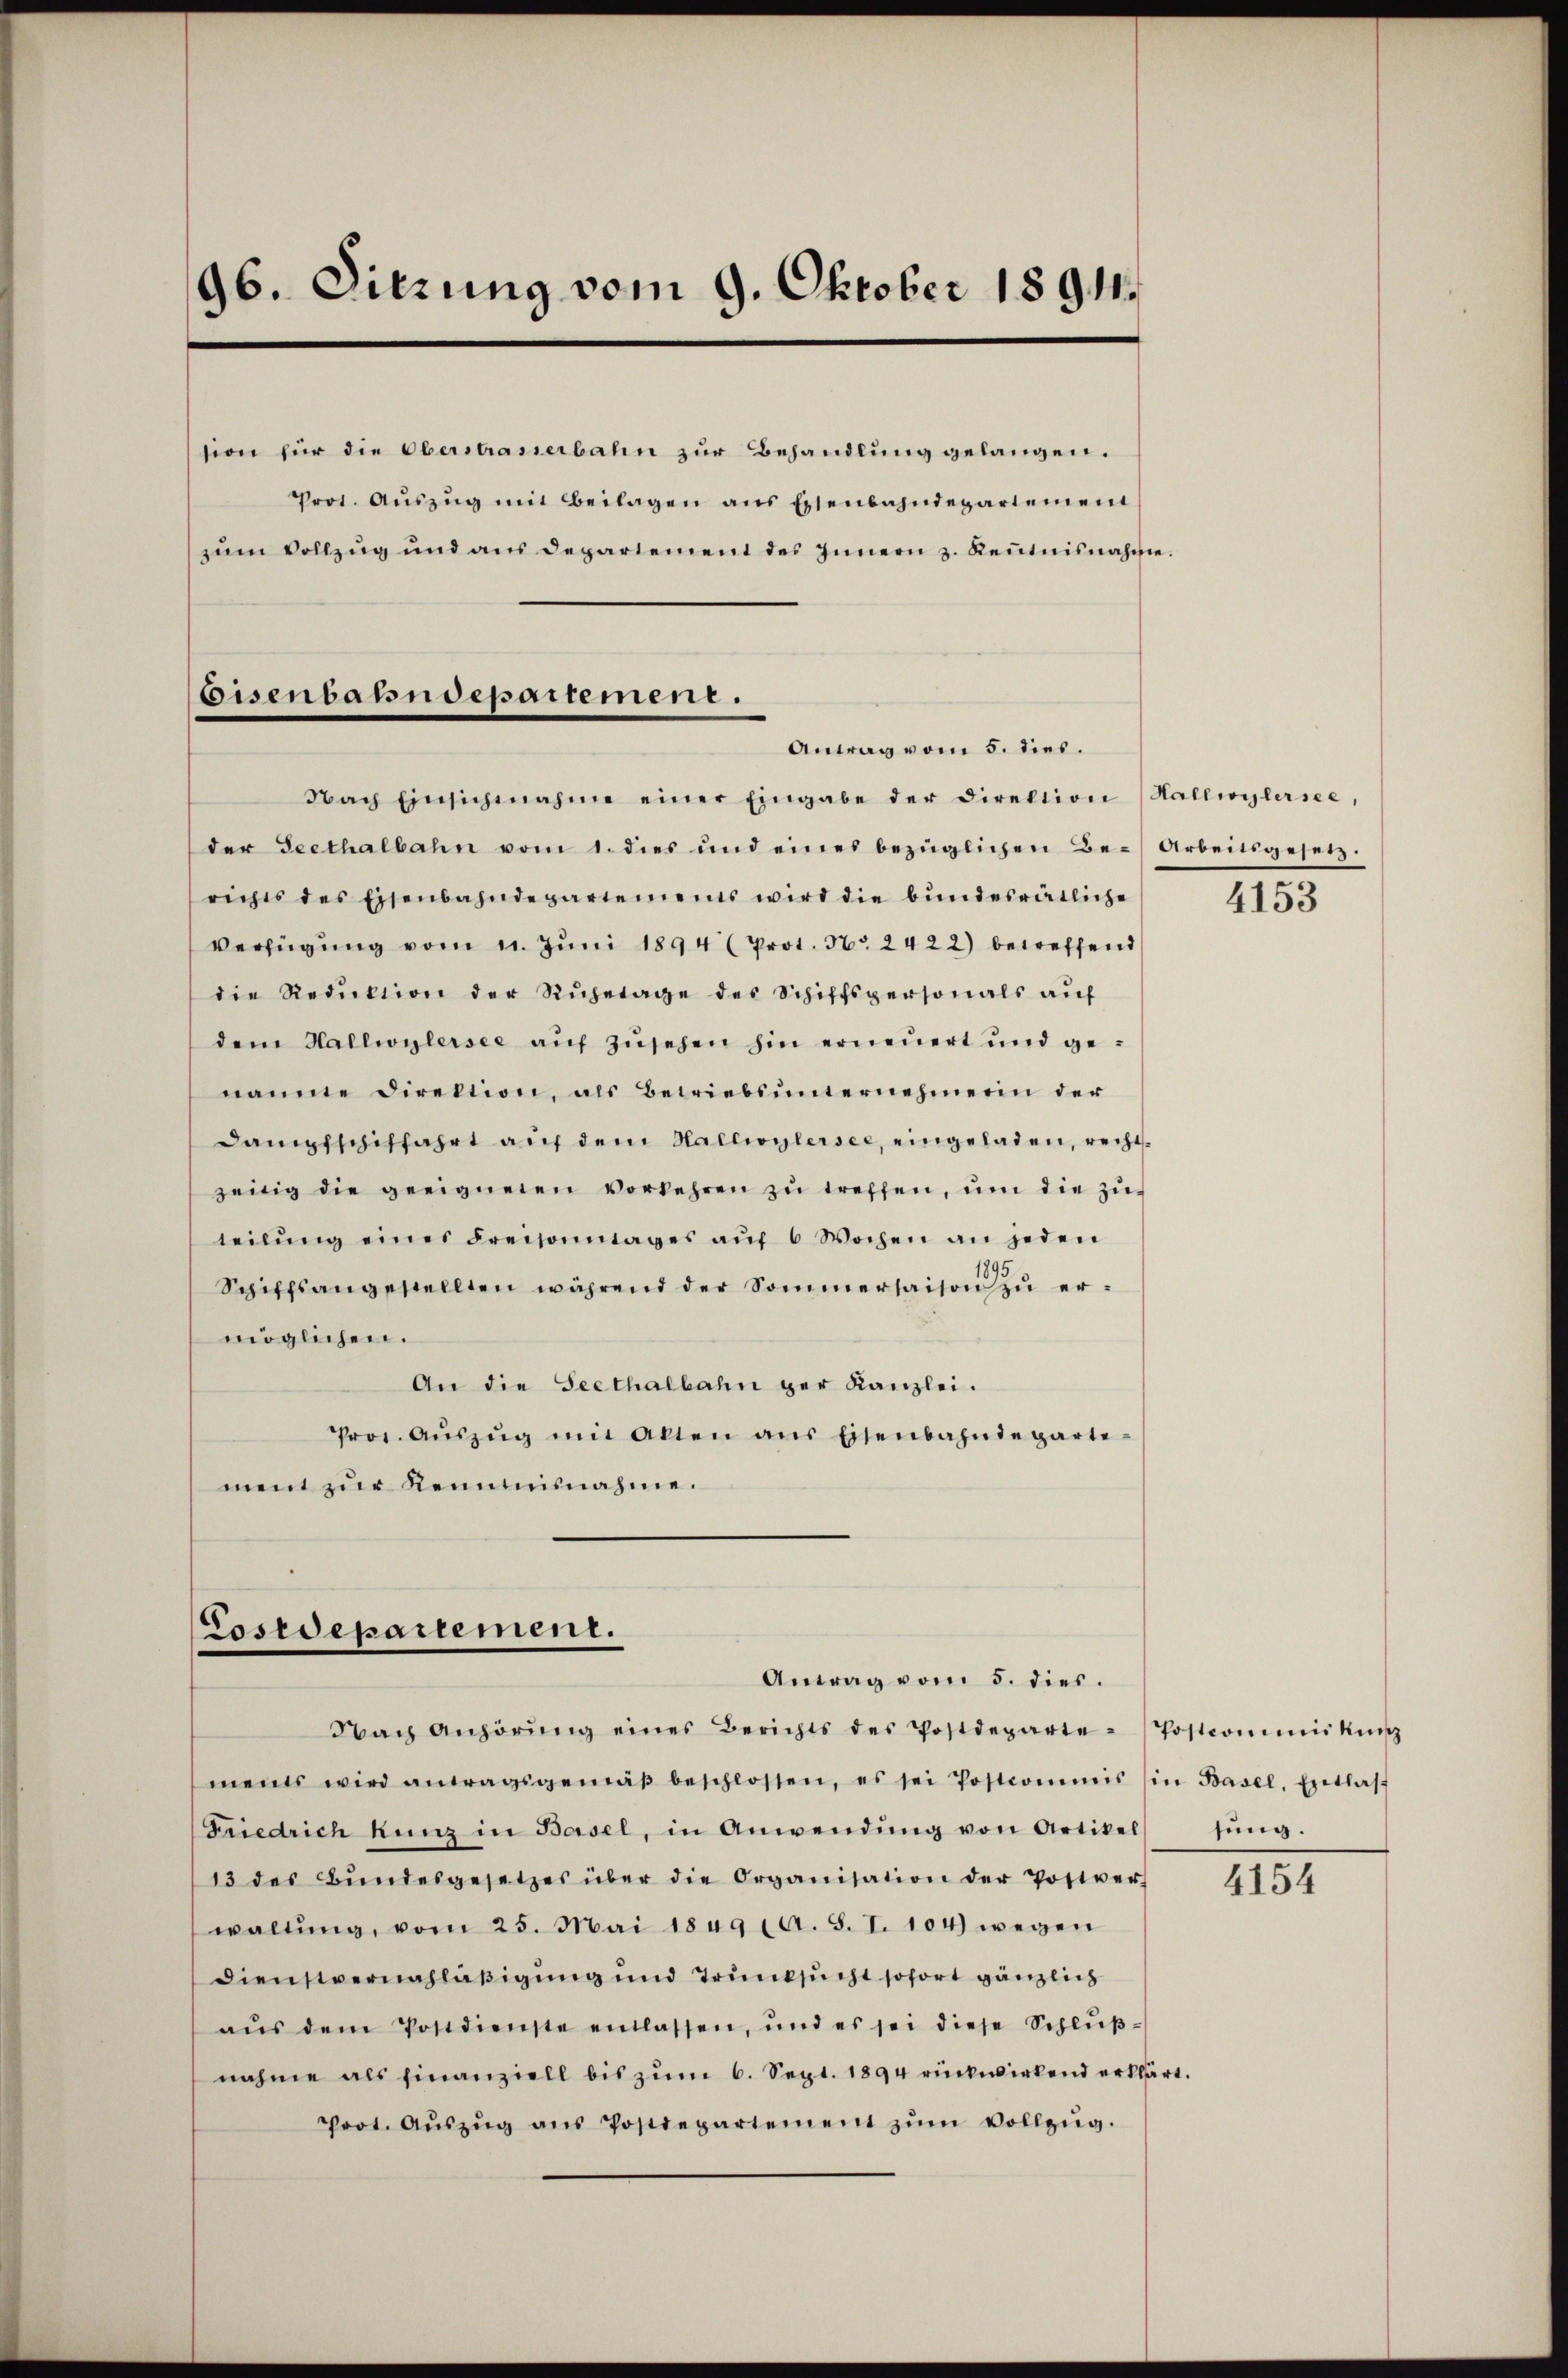
96. Sitzung vom 9. Oktober 1891.
sion für die Oberstrasserbahn zur Behandlung gelangen.
Prot. Aŭszŭg mit Beilagen ans Eisenbahndepartement
zŭm Vollzug und aus Departement des Innern z. Keṅtnisnahme.

Eisenbahndepartement.
Antrag vom 5. dies.

Fostdepartement.
Antrag vom 5. dies.

Nach Einsichenahme einer Eingabe der Direktion (Hallwylersee,
der Seethalbahn vom 1. dies und eines bezüglichen Be-Arbeitsgesetz-
richts des Eisenbahndepartements wird die bundesrätliche
Verfügŭng vom 11. Jŭni 1894 (Prot. No 2422) betreffend
die Reduktion der Rŭhetage des Schiffspersonals aŭf
dem Hallwylersee aŭf zŭsehen hin erneuert und ge-
namne Direktion, als Betriebsŭnternehmerin der
Dampfschiffahrt auf dem Hallwylersee, eingeladen, rechtzeitig die geeigneten vorkehren zŭ treffen, ŭm die zŭ-
teilŭng eines Freisonntages aŭf 6 Wochen an jeden
Schiffsangestellten während der Sommersaison zu ermöglichen.
An die Seethalbahn ger Kanzlei.
Pros. Aŭszŭg mit Akten ans Eisenbahndeparte-
ment zur Kenntnisnahme.

Fbach Anhörŭng eines Berichts des Postdeparte-Postcommiskŭn
ments wird antragsgemäβ beschlossen, es sei Postcommis (in Basel, Entlas-

Friedrich Kunz in Basel, in Anwendŭng von Artikel sŭng.
13 des Bŭndesgesetzes über die Organisation der Postver
waltŭng, vom 25. Mai 1849 14. S. I. 104) wegen
Dienstvernachläßigung und Trunksucht sofort gänzlich
aŭs dem Postdienste entlassen, und es sei diese Schlŭβ-
nahme als finanziell bis zum 6. Sept. 1894 rückwirkend erklärt.
Prot. Aŭszŭg ans Postdepartement zŭm Vollzŭg.

4153

4154